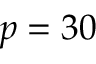
p = 3 0